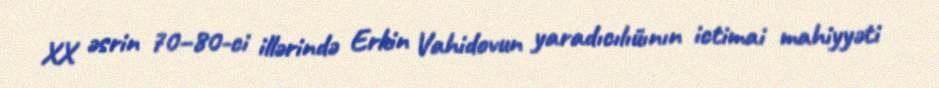
XX əsrin 70–80-ci illərində Erkin Vahidovun yaradıcılıüının ictimai mahiyyəti